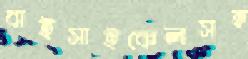
বাইসাইকেলসহ